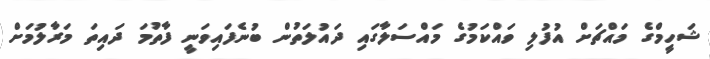
ޝަހީމްގެ މައްޗަށް އުފުލި ވައްކަމުގެ މައްސަލާގައި ދައުލަތުން ބުނެފައިވަނީ ފާތުމަ ދައިތަ މަރާލުމަށް